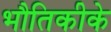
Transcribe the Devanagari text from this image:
भौतिकीके